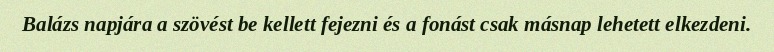
Balázs napjára a szövést be kellett fejezni és a fonást csak másnap lehetett elkezdeni.